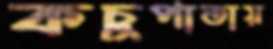
কচুপাতায়